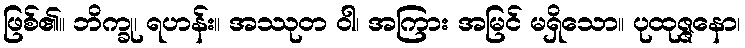
ဖြစ်၏။ ဘိက္ခု၊ ရဟန်း။ အဿုတ ဝါ၊ အကြား အမြင် မရှိသော။ ပုထုဇ္ဇနော၊